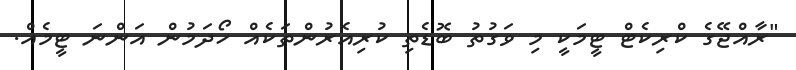
"ރާއްޖޭގެ ކްރިކެޓް ޓީމަކީ މި ވަގުތު ބޮޑެތި ކުރިއެރުންތަކެއް ހޯދަމުން އަންނަ ޓީމެއް.